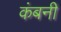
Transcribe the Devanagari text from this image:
कंबनी